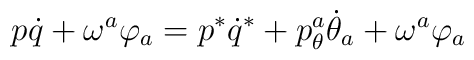
p\dot{q} +\omega^a\varphi_a = p^*\dot{q}^* + p_\theta^a\dot{\theta}_a+\omega^a\varphi_a